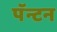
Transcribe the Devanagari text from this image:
पॅन्टन